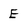
Character: E